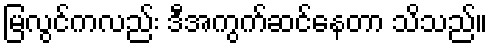
မြလွင်ကလည်း ဒီအကွက်ဆင်နေတာ သိသည်။